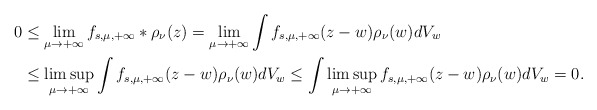
\begin{align*} 0&\leq\lim_{\mu\to+\infty}f_{s,\mu,+\infty}\ast\rho_\nu(z)=\lim_{\mu\to+\infty}\int f_{s,\mu,+\infty}(z-w)\rho_\nu(w)dV_w\\ &\leq\limsup_{\mu\to+\infty}\int f_{s,\mu,+\infty}(z-w)\rho_\nu(w)dV_w\leq\int\limsup_{\mu\to+\infty} f_{s,\mu,+\infty}(z-w)\rho_\nu(w)dV_w=0. \end{align*}